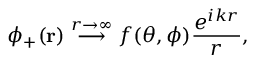
\phi _ { + } ( \mathbf { r } ) \; { \stackrel { r \to \infty } { \longrightarrow } } \; f ( \theta , \phi ) { \frac { e ^ { i k r } } { r } } ,